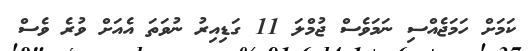
ކަމަށް ހަމަޖެއްސި ނަމަވެސް ޖުމްލަ 11 ގަޑިއިރު ނުވަތަ އެއަށް ވުރެ ވެސް